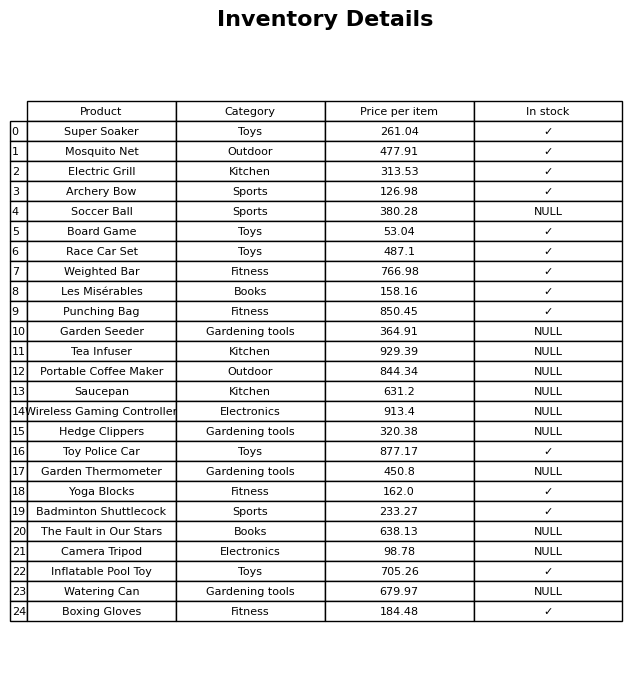
question: What is the price of the Race Car Set?
answer: The price of Race Car Set is 487.1.